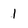
Character: 1